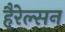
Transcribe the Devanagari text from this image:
हैरेल्सन